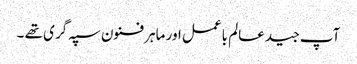
آپ جید عالم باعمل اور ماہر فنون سپہ گری تھے ۔